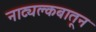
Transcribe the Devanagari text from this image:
नाट्यक्लबातून